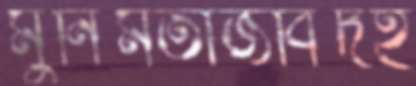
মুনিমতাজবিদহ